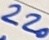
Text: 220